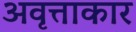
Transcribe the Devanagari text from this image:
अवृत्ताकार